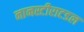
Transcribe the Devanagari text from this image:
नानस्टीराटडल